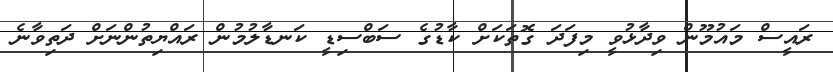
ރައީސް މައުމޫން ވިދާޅުވީ މިފަދަ ގޮތަކަށް ކާޑުގެ ސަބްސިޑީ ކަނޑާލުމުން ރައްޔިތުންނަށް ދަތިވާނެ